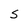
Character: S